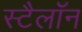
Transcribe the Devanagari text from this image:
स्टैलॉन